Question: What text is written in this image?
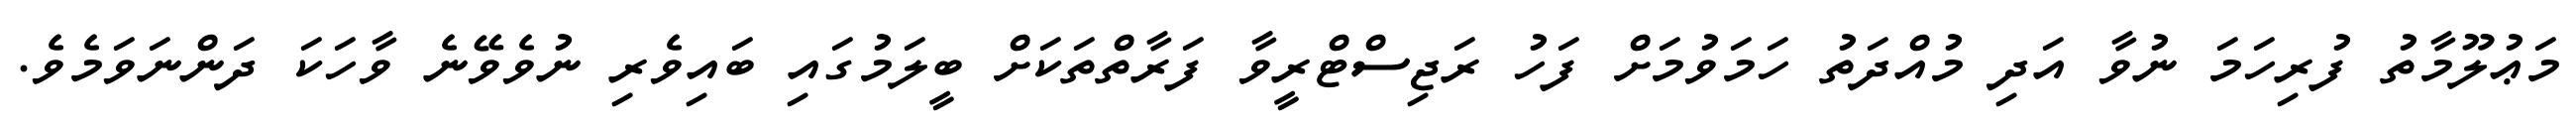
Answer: މަޢުލޫމާތު ފުރިހަމަ ނުވާ އަދި މުއްދަތު ހަމަވުމަށް ފަހު ރަޖިސްޓްރީވާ ފަރާތްތަކަށް ބީލަމުގައި ބައިވެރި ނުވެވޭނެ ވާހަކަ ދަންނަވަމެވެ.